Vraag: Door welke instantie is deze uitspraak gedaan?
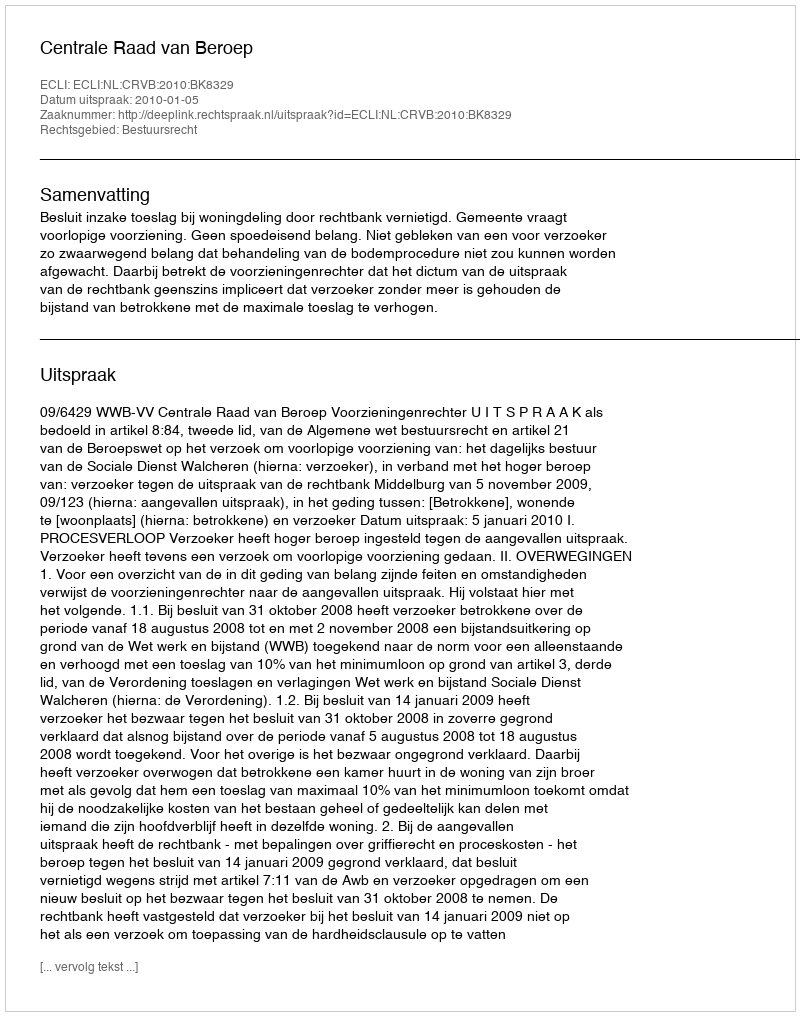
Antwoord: Centrale Raad van Beroep